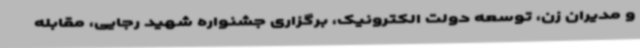
و مدیران زن، توسعه دولت الکترونیک، برگزاری جشنواره شهید رجایی، مقابله